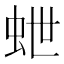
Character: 𮓽